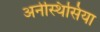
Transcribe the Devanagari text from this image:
अनेस्थिसिया